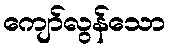
ကျော်လွန်သော